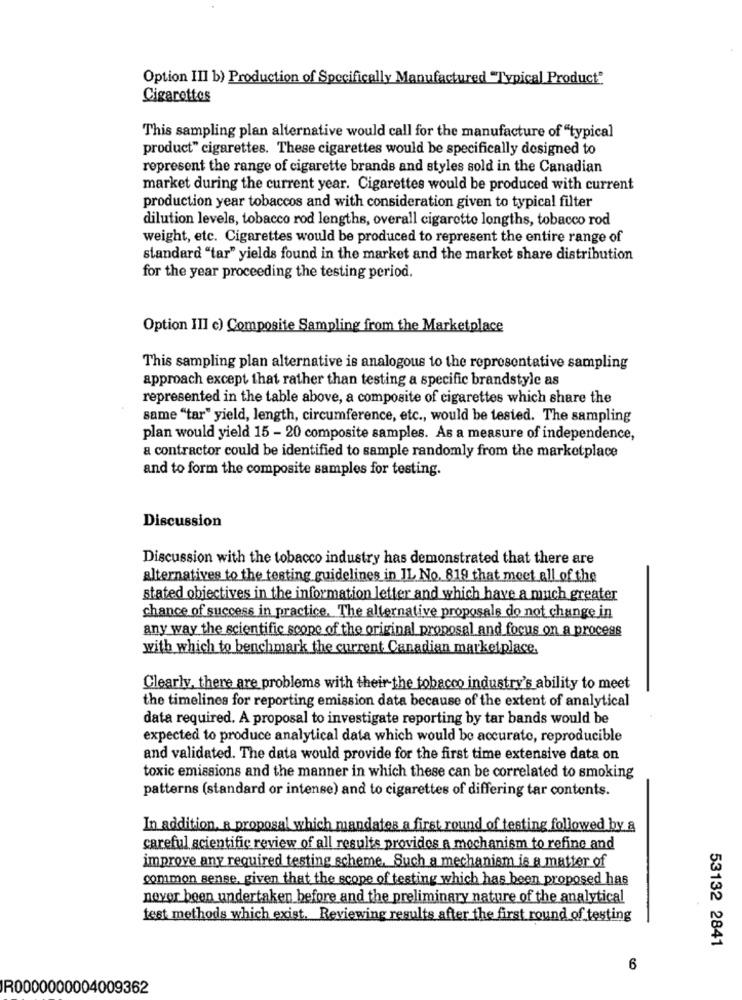
Option III b) Production of Specifically Manufactured "Typical Product"
Cigarettes
This sampling plan alternative would call for the manufacture of "typical
product" cigarettes. These cigarettes would be specifically designed to
represent the range of cigarette brands and styles sold in the Canadian
market during the current year. Cigarettes would be produced with current
production year tobaccos and with consideration given to typical filter
dilution levels, tobacco rod lengths, overall cigarette lengths, tobacco rod
weight, etc. Cigarettes would be produced to represent the entire range of
standard "tar" yields found in the market and the market share distribution
for the year proceeding the testing period.
Option III c) Composite Sampling from the Marketplace
This sampling plan alternative is analogous to the representative sampling
approach except that rather than testing a specific brandstyle as
represented in the table above, a composite of cigarettes which share the
same "tar" yield, length, circumference, etc ., would be tested. The sampling
plan would yield 15 - 20 composite samples. As a measure of independence,
a contractor could be identified to sample randomly from the marketplace
and to form the composite samples for testing.
Discussion
Discussion with the tobacco industry has demonstrated that there are
alternatives to the testing guidelines in IL No. 819 that meet all of the
stated objectives in the information letter and which have a much greater
chance of success in practice, The alternative proposals do not change in
any way the scientific scope of the original proposal and focus on a process
with which to benchmark the current Canadian marketplace.
Clearly, there are problems with their the tobacco industry's ability to meet
the timelines for reporting emission data because of the extent of analytical
data required. A proposal to investigate reporting by tar bands would be
expected to produce analytical data which would be accurate, reproducible
and validated. The data would provide for the first time extensive data on
toxic emissions and the manner in which these can be correlated to smoking
patterns (standard or intense) and to cigarettes of differing tar contents.
In addition, a proposal which mandates a first round of testing followed by a
careful scientific review of all results provides a mechanism to refine and
improve any required testing scheme, Such a mechanism is a matter of
common sense, given that the scope of testing which has been proposed has
never been undertaken before and the preliminary nature of the analytical
test methods which exist. Reviewing results after the first round of testing
53132 2841
6
R0000000004009362